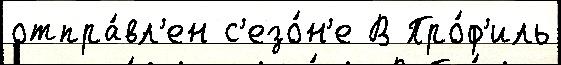
отпра́вл'ен с'езо́н'е В Про́ф'иль